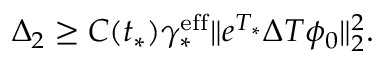
\begin{array} { r } { \Delta _ { 2 } \geq C ( t _ { * } ) \gamma _ { * } ^ { \mathrm { e f f } } \Vert e ^ { T _ { * } } \Delta T \phi _ { 0 } \Vert _ { 2 } ^ { 2 } . } \end{array}